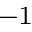
^ { - 1 }